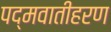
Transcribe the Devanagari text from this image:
पद्मवातीहरण